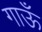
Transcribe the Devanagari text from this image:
गाऊँ